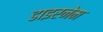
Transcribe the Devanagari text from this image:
डाइरनेम